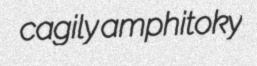
cagily amphitoky